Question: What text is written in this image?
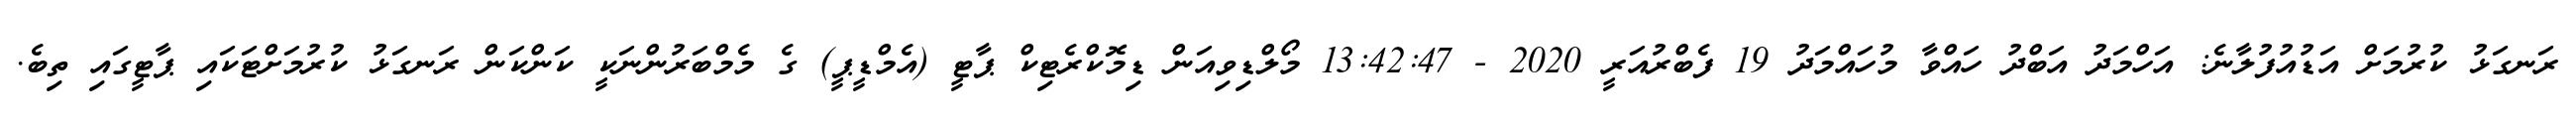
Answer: ރަނގަޅު ކުރުމަށް އަޑުއުފުލާނެ: އަހްމަދު އަބްދު ހައްވާ މުހައްމަދު 19 ފެބްރުއަރީ 2020 - 13:42:47 މޯލްޑިވިއަން ޑިމޮކްރެޓިކް ޕާޓީ (އެމްޑީޕީ) ގެ މެމްބަރުންނަކީ ކަންކަން ރަނގަޅު ކުރުމަށްޓަކައި ޕާޓީގައި ތިބެ.